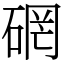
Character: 䃃